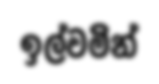
ඉල්වමින්